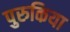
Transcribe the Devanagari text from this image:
पुरुकिया